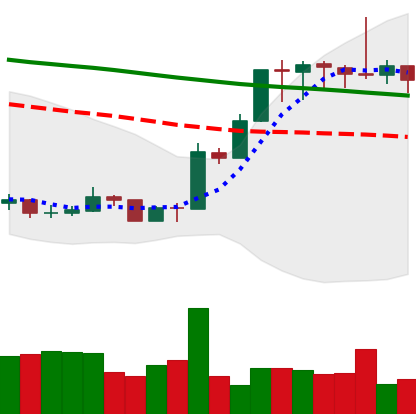
Ticker: XMR-USD
Chart end date: 2020-01-13
Forward return: 15.833%
Label: up_7plus